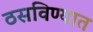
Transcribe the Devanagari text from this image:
ठसविण्यात